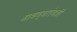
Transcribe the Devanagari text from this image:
वाचण्याऐवजी